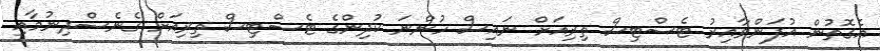
އެގޮތުން އުފަންވާއިރު ޓެސްޓިސް ތިރިއަށް ނައިސް ހުންނަ ކުދިންގެ ޓެސްޓިސް ތިރިއަށް ގެނެސްދިނުމާއި